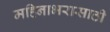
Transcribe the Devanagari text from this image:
महिनाभरासाठी